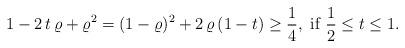
LaTeX: \begin{align*}1-2\,t\,\varrho+\varrho^2=(1-\varrho)^2+2\,\varrho\,(1-t)\ge \frac{1}{4},\mbox{ if } \frac{1}{2}\le t\le 1.\end{align*}